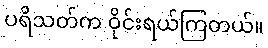
ပရိသတ်က ဝိုင်းရယ်ကြတယ်။